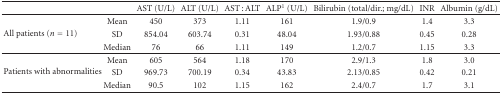
<table><thead><tr><td colspan="2"><b> </b></td><td><b>AST (U/L)</b></td><td><b>ALT (U/L)</b></td><td><b>AST : ALT</b></td><td><b>ALP<sup>1</sup> (U/L)</b></td><td><b>Bilirubin (total/dir.; mg/dL)</b></td><td><b>INR</b></td><td><b>Albumin (g/dL)</b></td></tr></thead><tbody><tr><td rowspan="3">All patients (<i>n</i> = 11)</td><td>Mean</td><td>450</td><td>373</td><td>1.11</td><td>161</td><td>1.9/0.9</td><td>1.4</td><td>3.3</td></tr><tr><td>SD</td><td>854.04</td><td>603.74</td><td>0.31</td><td>48.04</td><td>1.93/0.88</td><td>0.45</td><td>0.28</td></tr><tr><td>Median</td><td>76</td><td>66</td><td>1.11</td><td>149</td><td>1.2/0.7</td><td>1.15</td><td>3.3</td></tr><tr><td rowspan="3">Patients with abnormalities</td><td>Mean</td><td>605</td><td>564</td><td>1.18</td><td>170</td><td>2.9/1.3</td><td>1.8</td><td>3.0</td></tr><tr><td>SD</td><td>969.73</td><td>700.19</td><td>0.34</td><td>43.83</td><td>2.13/0.85</td><td>0.42</td><td>0.21</td></tr><tr><td>Median</td><td>90.5</td><td>102</td><td>1.15</td><td>162</td><td>2.4/0.7</td><td>1.7</td><td>3.1</td></tr></tbody></table>